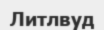
Литлвуд